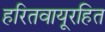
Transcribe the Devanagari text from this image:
हरितवायूरहित